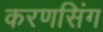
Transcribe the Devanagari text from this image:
करणसिंग